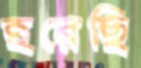
হরেছি